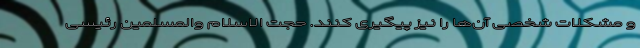
و مشکلات شخصی آن‌ها را نیز پیگیری کنند. حجت الاسلام والمسلمین رئیسی